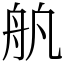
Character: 舧